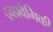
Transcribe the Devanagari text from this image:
द्रवप्रवैगिकी